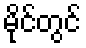
မိုင်တွင်